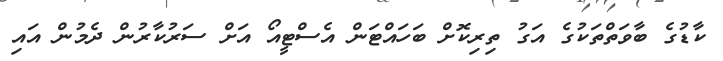
ކާޑުގެ ބާވަތްތަކުގެ އަގު ތިރިކޮށް ބަހައްޓަން އެސްޓީއޯ އަށް ސަރުކާރުން ދެމުން އައި